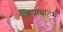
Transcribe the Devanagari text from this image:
हव्यवाहम्